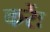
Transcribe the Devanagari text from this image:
करेंः